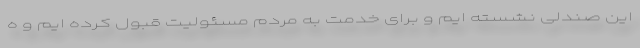
این صندلی نشسته ایم و برای خدمت به مردم مسئولیت قبول کرده ایم و ه